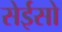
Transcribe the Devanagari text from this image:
सेईसो